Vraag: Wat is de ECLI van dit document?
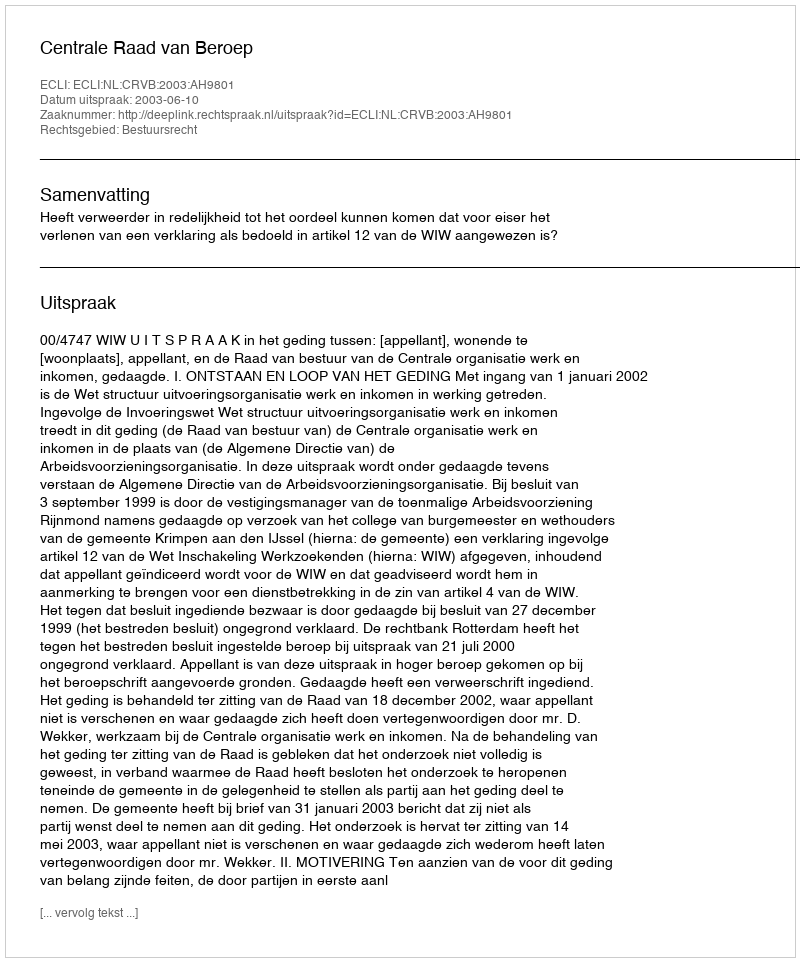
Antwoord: ECLI:NL:CRVB:2003:AH9801